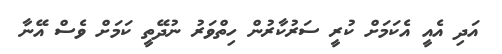
އަދި އެއީ އެކަމަށް ކުރީ ސަރުކާރުން ހިތްވަރު ނުދޭތީ ކަމަށް ވެސް އޭނާ